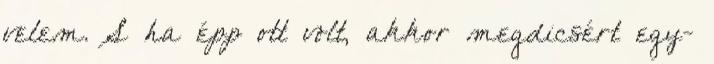
velem. S ha épp ott volt, akkor megdicsért egy-